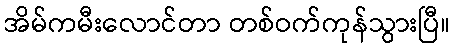
အိမ်ကမီးလောင်တာ တစ်ဝက်ကုန်သွားပြီ။